Document type: Barter
Year: 1304
Scribe: Pere Pometa
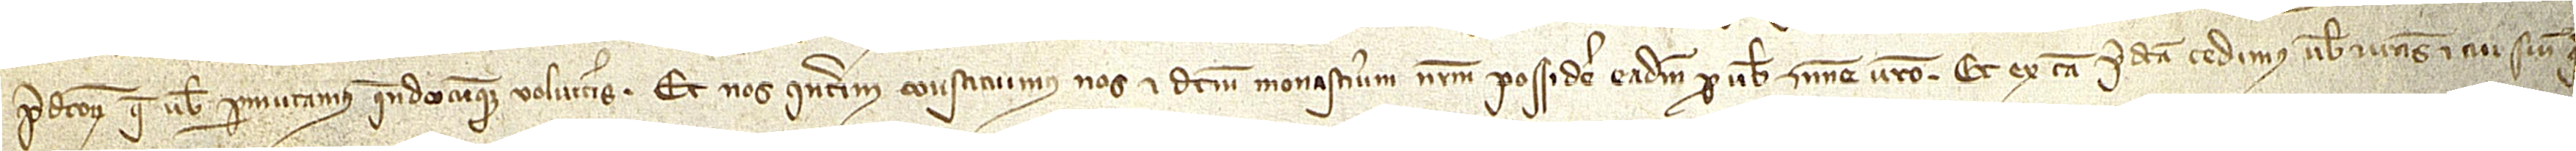
predictorum que vobis permutamus quandocuqmue volueritis. Et nos interim constituimus nos et dictum monasterium nostrum possidere eadem pro vobis et nomine vestro. Et ex causa predicta cedimus vobis et vestris et cui sive qui-